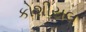
કોશીયલ